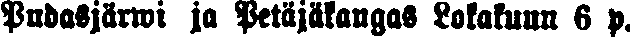
Pudasjärwi ja Petäjäkangas Lokakuun 6 p.